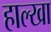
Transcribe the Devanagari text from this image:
हाल्खा